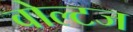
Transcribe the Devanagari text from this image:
वोल्टज